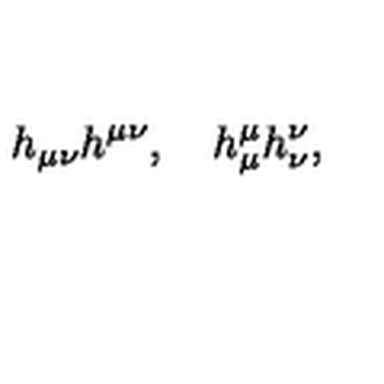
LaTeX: h _ { \mu \nu } h ^ { \mu \nu } , \quad h _ { \mu } ^ { \mu } h _ { \nu } ^ { \nu } ,